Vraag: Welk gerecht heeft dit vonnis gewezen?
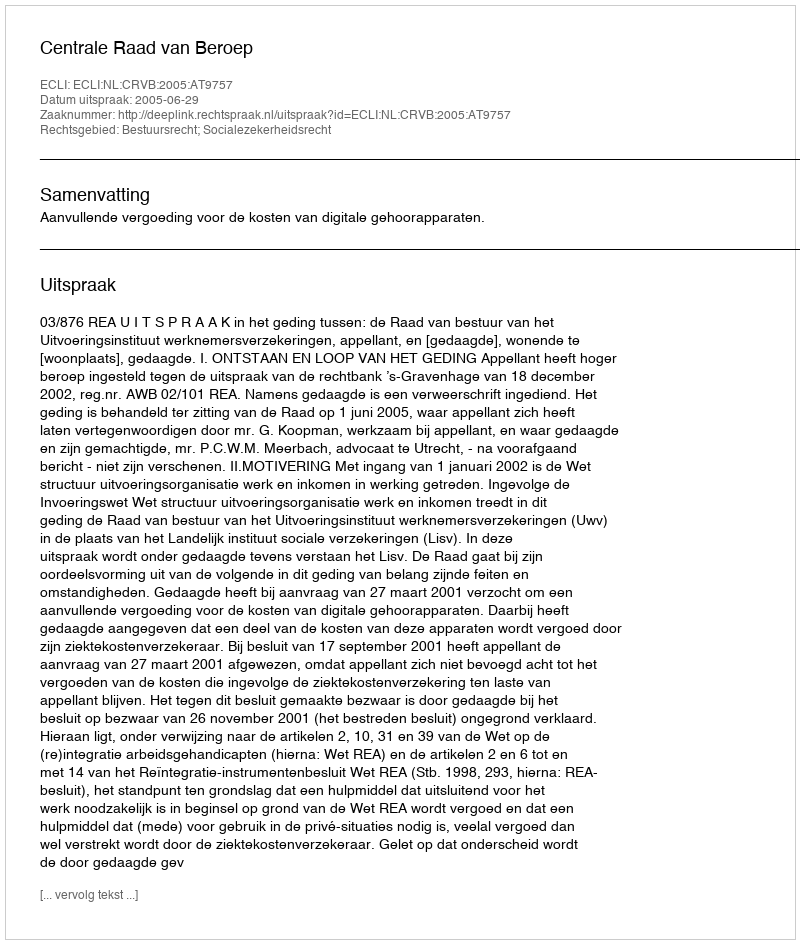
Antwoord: Centrale Raad van Beroep